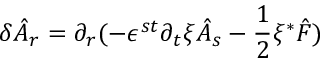
\delta \hat { A } _ { r } = \partial _ { r } ( - \epsilon ^ { s t } \partial _ { t } \xi \hat { A } _ { s } - \frac { 1 } { 2 } \xi { ^ \ast } \hat { F } )